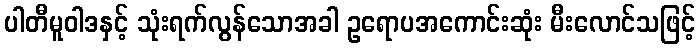
ပါတီမူဝါဒနှင့် သုံးရက်လွန်သောအခါ ဥရောပအကောင်းဆုံး မီးလောင်သဖြင့်